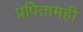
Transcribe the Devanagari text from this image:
प्रपितामही